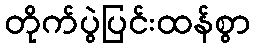
တိုက်ပွဲပြင်းထန်စွာ